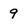
Character: 9